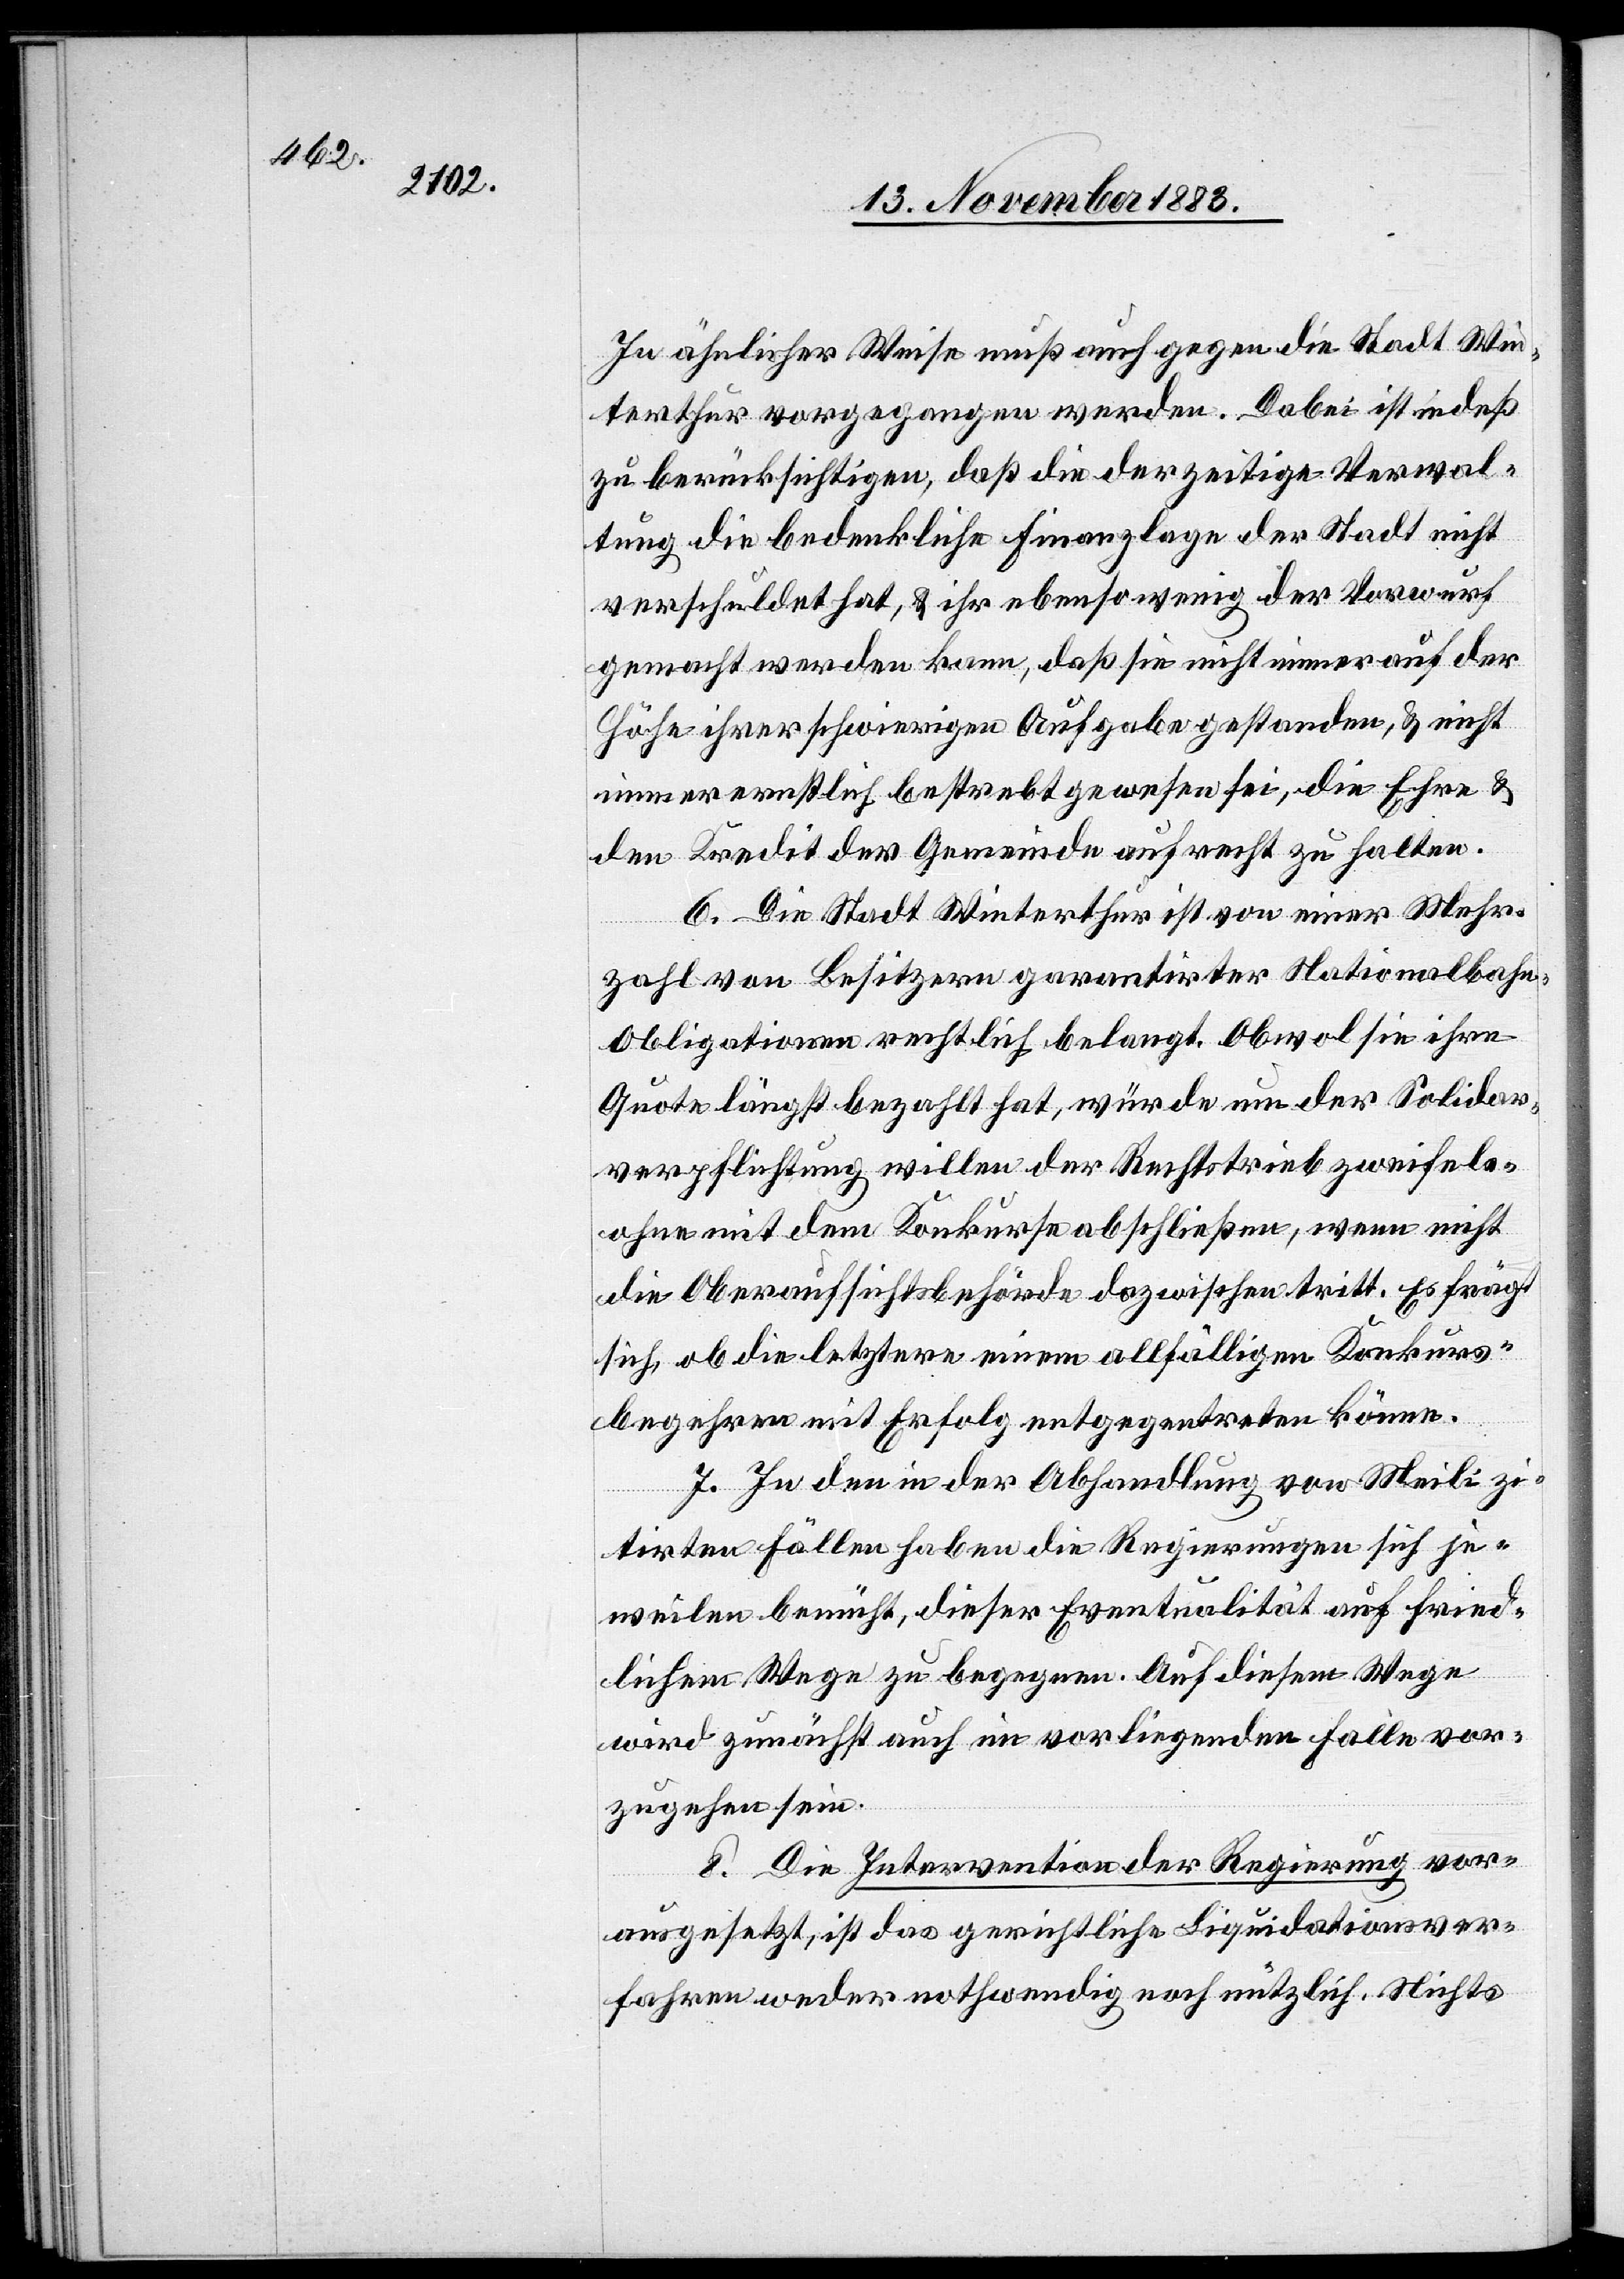
In ähnlicher Weise muß auch gegen die Stadt Win¬
terthur vorgegangen werden. Dabei ist indeß
zu berücksichtigen, daß die derzeitige Verwal¬
tung die bedenkliche Finanzlage der Stadt nicht
verschuldet hat, & ihr ebensowenig der Vorwurf
gemacht werden kann, daß sie nicht immer auf der
Höhe ihrer schwierigen Aufgabe gestanden, & nicht
immer ernstlich bestrebt gewesen sei, die Ehre &
den Kredit der Gemeinde aufrecht zu halten.
6. Die Stadt Winterthur ist von einer Mehr¬
zahl von Besitzern garantirter Nationalbah¬
n-Obligationen rechtlich belangt. Obwol sie ihre
Quote längst bezahlt hat, würde um der Solidar¬
verpflichtung willen der Rechtstrieb zweifels¬
ohne mit dem Konkurse abschließen, wenn nicht
die Oberaufsichtsbehörde dazwischen tritt. Es frägt
sich, ob die letztere einem allfälligen Konkurs¬
begehren mit Erfolg entgegentreten könne.
7. In den in der Abhandlung von Meili zi¬
tirten Fällen haben die Regierungen sich je¬
weilen bemüht, dieser Eventualität auf fried¬
lichem Wege zu begegnen. Auf diesem Wege
wird zunächst auch im vorliegenden Falle vor¬
zugehen sein.
8. Die Intervention der Regierung vor¬
ausgesetzt, ist das gerichtliche Liquidationsver¬
fahren weder nothwendig noch nützlich. Nichts